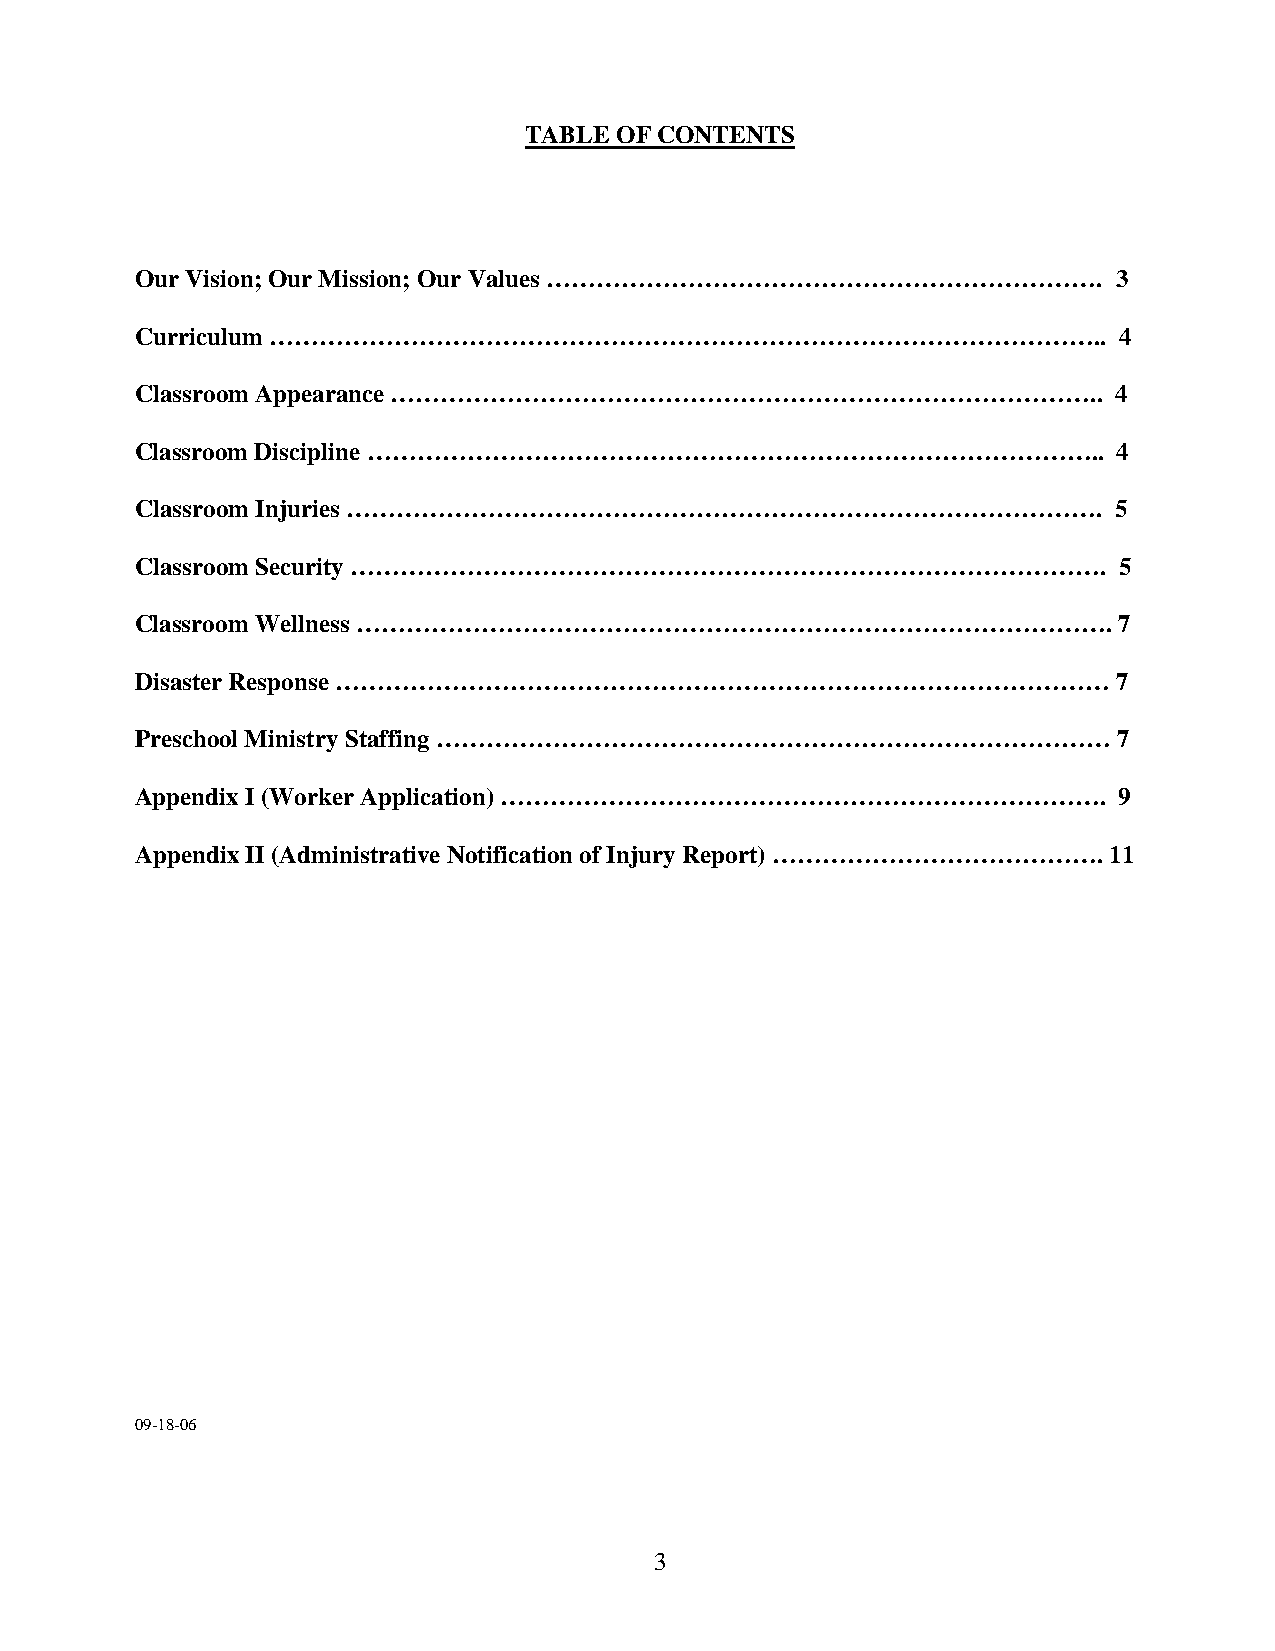
TABLE OF CONTENTS
 Our Vision; Our Mission; Our Values ………………………………………………………….      3
 Curriculum ………………………………………………………………………………………..                   4
 Classroom Appearance …………………………………………………………………………..              4
 Classroom Discipline ……………………………………………………………………………..             4
 Classroom Injuries ……………………………………………………………………………….               5
 Classroom Security ……………………………………………………………………………….               5
 Classroom Wellness ……………………………………………………………………………….               7
 Disaster Response …………………………………………………………………………………                7
 Preschool Ministry Staffing ………………………………………………………………………          7
 Appendix I (Worker Application) ……………………………………………………………….        9
 Appendix II (Administrative Notification of Injury Report) …………………………………. 11
 09-18-06
 3